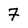
Character: 7